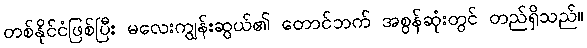
တစ်နိုင်ငံဖြစ်ပြီး မလေးကျွန်းဆွယ်၏ တောင်ဘက် အစွန်ဆုံးတွင် တည်ရှိသည်။